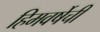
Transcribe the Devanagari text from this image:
हिमवर्षेची